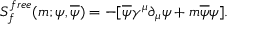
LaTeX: S _ { f } ^ { f r e e } ( m ; \psi , \overline { { \psi } } ) = - \lbrack \overline { { \psi } } \gamma ^ { \mu } \partial _ { \mu } \psi + m \overline { { \psi } } \psi \rbrack .